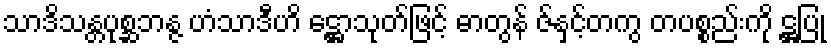
သာဒိသန္တပုစ္ဆဘန္ဇ ဟံသာဒီဟိ ဋ္ဌောသုတ်ဖြင့် ဓာတွန် ဇ်နှင့်တကွ တပစ္စည်းကို ဋ္ဌပြု